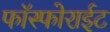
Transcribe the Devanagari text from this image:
फॉस्फोराईट